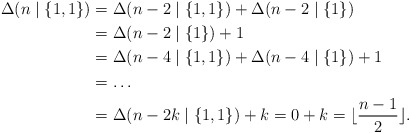
\begin{align*}\Delta(n\mid\{1,1\})&=\Delta(n-2\mid\{1,1\}) + \Delta(n-2\mid\{1\})\\&=\Delta(n-2\mid\{1\}) + 1\\&=\Delta(n-4\mid\{1,1\}) + \Delta(n-4\mid\{1\}) +1\\&=\ldots\\&=\Delta(n-2k\mid\{1,1\}) + k=0 + k=\lfloor\frac{n-1}2\rfloor.\end{align*}